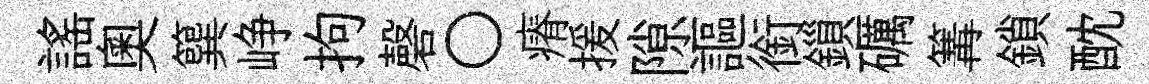
謡奥簨峥拘磬〇瘠援隙謳銜鎻礪篝鎖酖